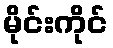
မိုင်းကိုင်